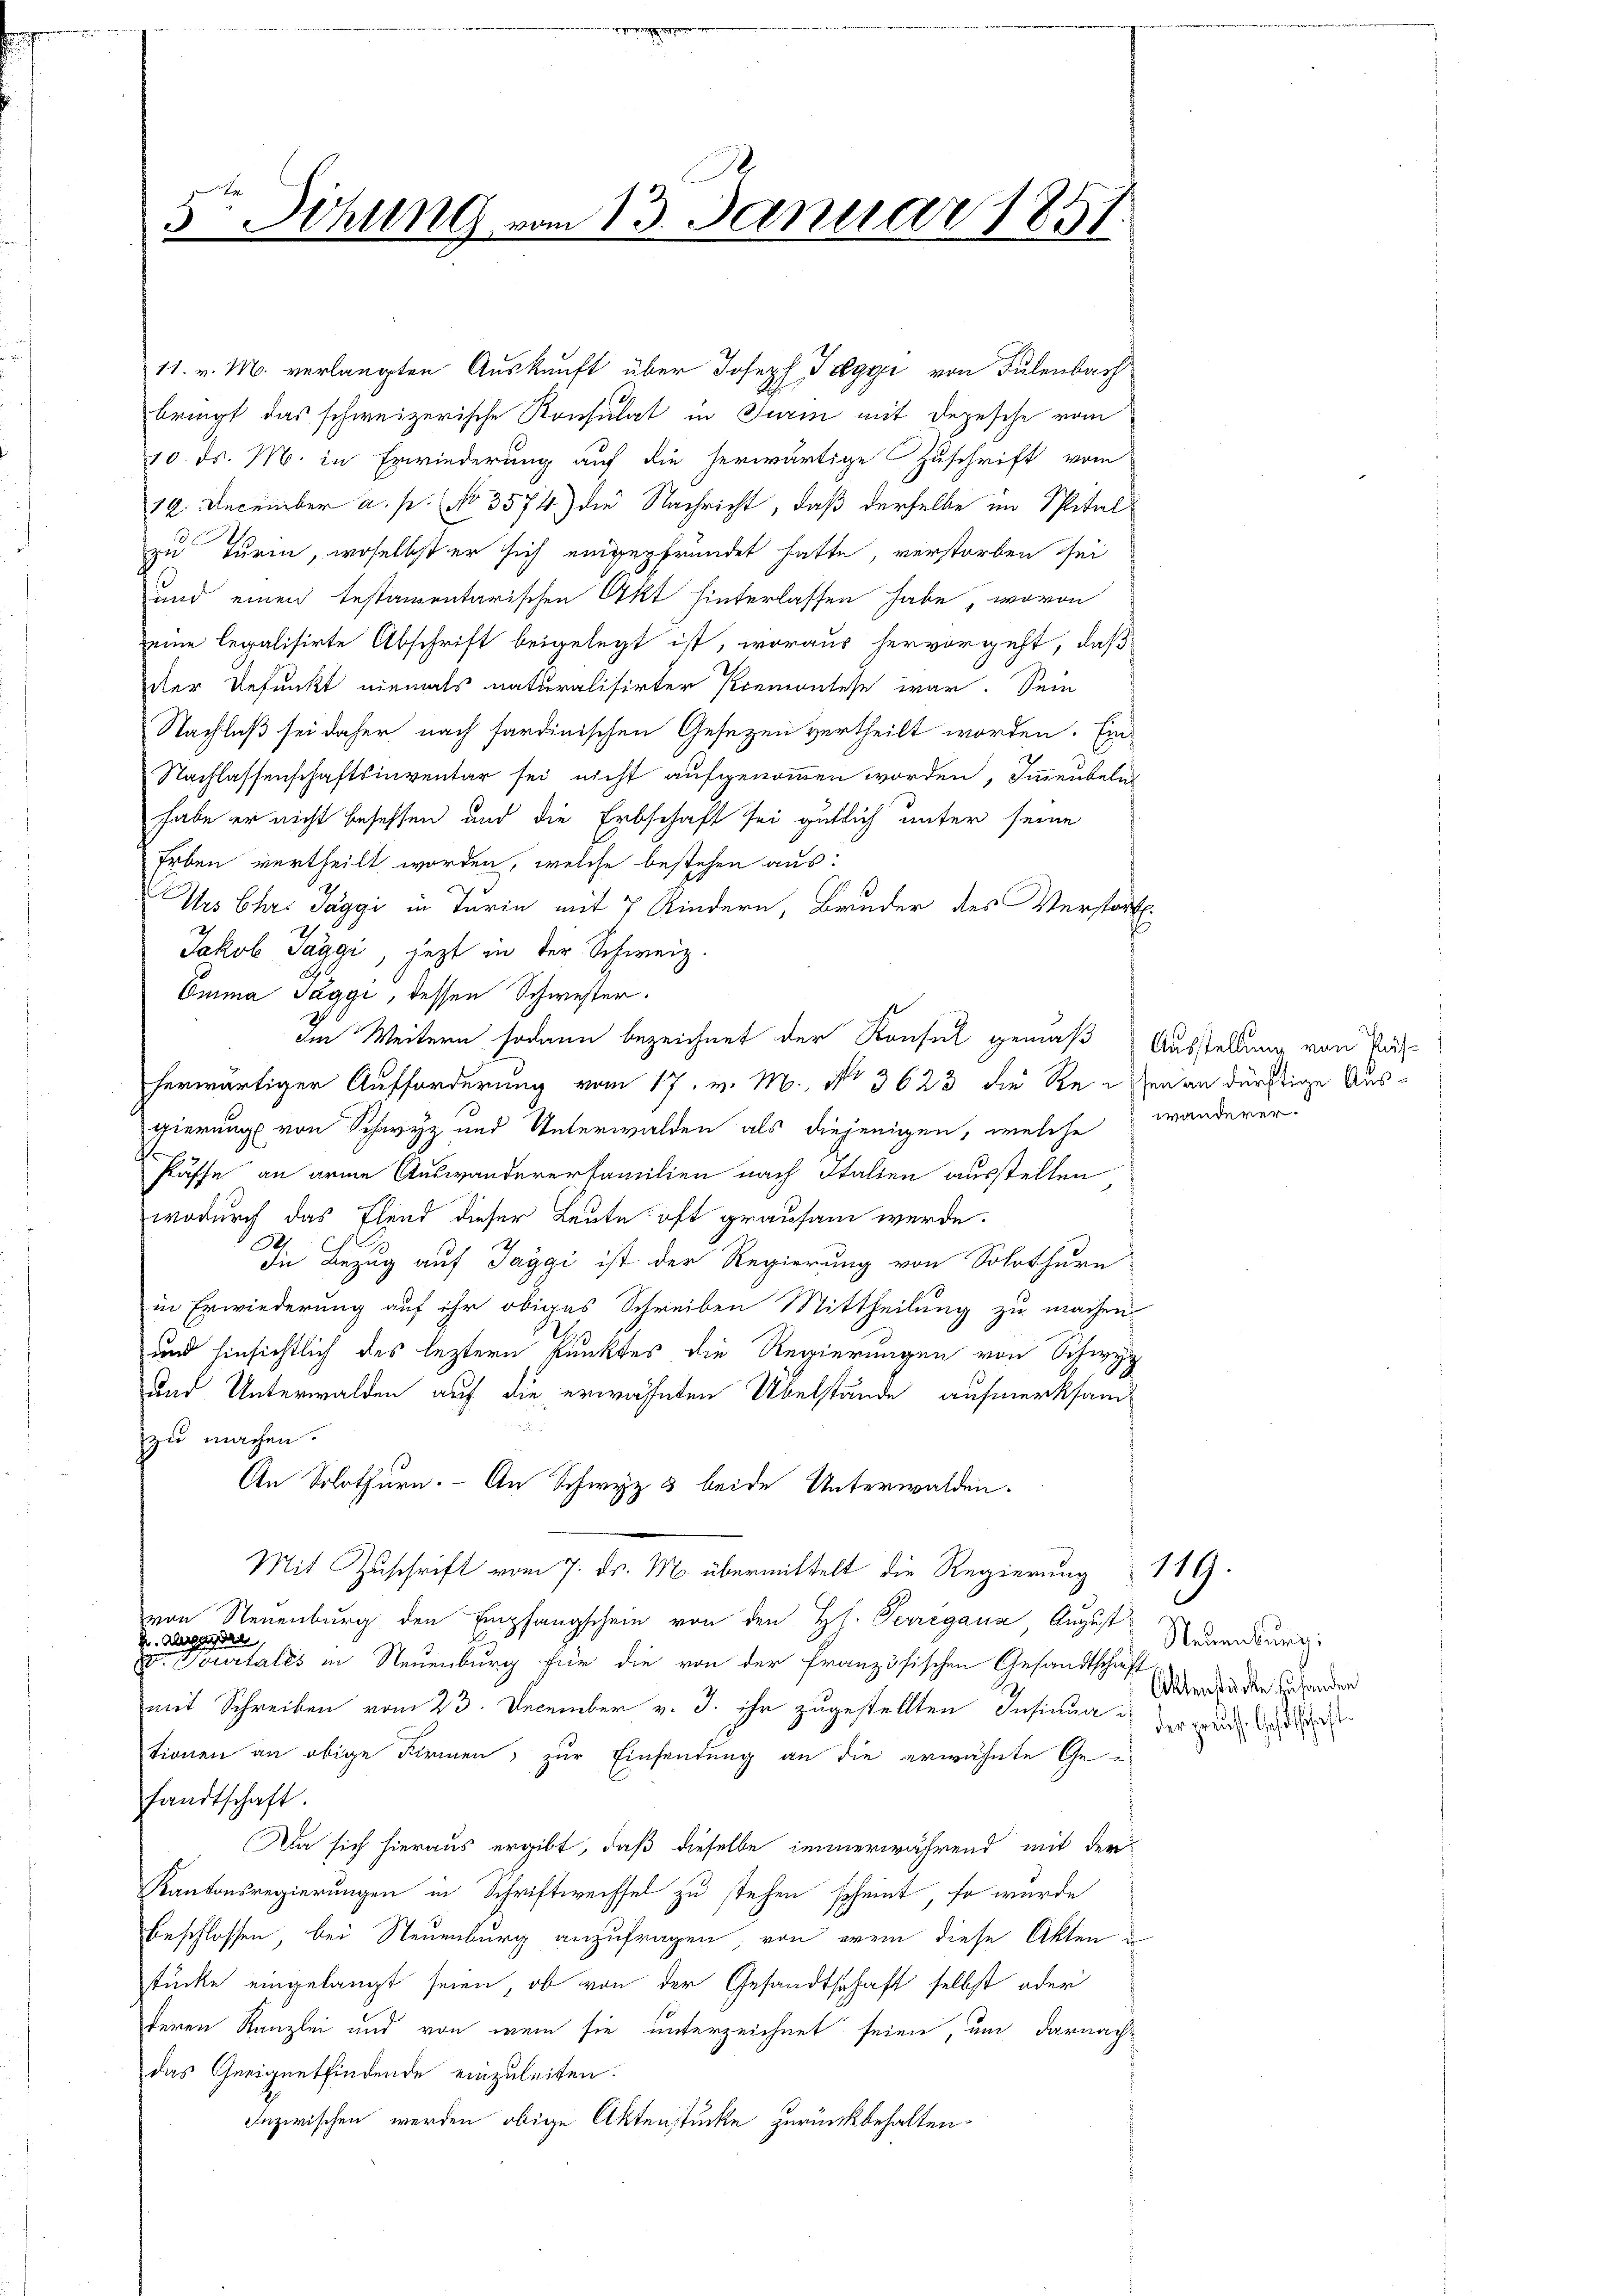
5te Sitzung vom 13. Januar 1851

11. v. M. verlangten Auskunft über Joseph Peggi von Sulenbach
bringt das schweizerische Konsulat in Turin mit Depesche vom
10. ds. M. in Erwiederung auf die herwärtige Zuschrift vom
19. December a. p. No 3574) die Nachricht, daß derselbe im Spital
zu Turin, woselbst er sich eingepfründet hatte, verstorben sei
und einen testamentarischen Akt hinterlassen habe, wovon
eine legalisirte Abschrift beigelegt ist, woraus hervorgeht, daß
der Befunkt niemals naturalisirter Piemontese war. Sein
Nachlaß sei daher nach sardinischen Gesezen vertheilt worden. Ein-
Nachlassenschaftsinventar sei nicht aufgenommen worden, Immeubelnd
habe er nicht besessen und die Erbschaft sei gütlich unter seine
Erben vertheilt worden, welche bestehen aus:
Urs Chri Taggi in Turin mit 7 Kindern, Bruder des Verstort
Jakob Saggi, jezt in der Schweiz.
Omma Taggi, dessen Schwester.
Im Weitern sodann bezeichnet der Konsul gemäß Ausstellung von Pas
herwärtiger Aufforderung vom 17. v. M. No 3623 die Reihen an dürftige Ausgierung von Schwyz und Unterwalden als diejenigen, welche wanderer
Päffe an arme Auswandererfamilien nach Italien ausstellen
wodurch das Elend dieser Leute oft grausam werde.
A
die Bezug auf Jaggi ist der Regierung von Solothurn
in Erwiederung auf ihr obiges Schreiben Mittheilung zu machen
und hinsichtlich des leztern kunktes die Regierungen von Schwyz
und Unterwalden auf die erwähnten Übelstände aufmerksam¬

zu machen.
An Solothurn. An Schwyz 5 beide Unterwalden.
Mit Zuschrift vom 7. ds. M. übermittelt die Regierung 119.
von Neuenburg den Empfangschein von den Hs. Herregaus August
p. Augenden
v. Pourtales in Neuenburg für die von der französischen Gesandtschäft
mit Schreiben vom 23. December v. J. ihr zugestellten Insinua
tionen an obige Firmen, zur Einsendung an die erwähnte Gefandtschaft.
Da sich hieraus ergibt, daß dieselbe immerwährend mit der
Kantonsregierungen in Schriftwechsel zu stehen scheint, so wurde
beschlossen, bei Neuenburg anzufragen, von erem diese Akten
tücke eingelangt seien, ob von der Gesandtschaft selbst oder
teren Kanzlei und von wenn sie unterzeichnet seien, um darnach-
das Geeignetfindende einzuleiten.
Inzwischen werden obige Aktenstücke zurückbehalten.

Neuenburg:
Ettenbäcker zu handen
der preuß. Gesetschaft